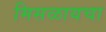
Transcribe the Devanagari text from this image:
मिसळायचा